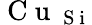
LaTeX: \mathrm{~C~u~}_{\mathrm{~S~i~}}